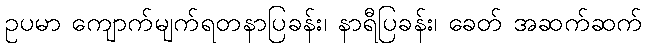
ဥပမာ ကျောက်မျက်ရတနာပြခန်း၊ နာရီပြခန်း၊ ခေတ် အဆက်ဆက်